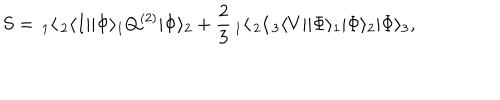
S = \, _ { 1 } \langle \, _ { 2 } \langle I | | \Phi \rangle _ { 1 } Q ^ { ( 2 ) } | \Phi \rangle _ { 2 } + \frac { 2 } { 3 } \, _ { 1 } \langle \, _ { 2 } \langle \, _ { 3 } \langle V | | \Phi \rangle _ { 1 } | \Phi \rangle _ { 2 } | \Phi \rangle _ { 3 } ,